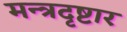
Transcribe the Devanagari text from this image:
मन्त्रदृष्टार